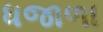
ધજાળા